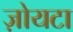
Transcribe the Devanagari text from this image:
ज़ोयटा